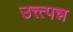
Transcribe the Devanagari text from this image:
उत्त्त्पन्न